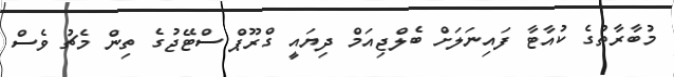
މުބާރާތުގެ ކުއާޓާ ފައިނަލަށް ބެލްޖިއަމް ދިޔައީ ގްރޫޕް ސްޓޭޖުގެ ތިން މެޗު ވެސް